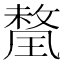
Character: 𭹯